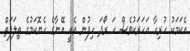
އެކަމަކު ހުރިހާ އަހަރަކުވެސް ހަ ރޯދަ ހިފުން އެއީ އޭނާގެ ހެޔޮކަމުގެ ތިލަފަތް